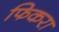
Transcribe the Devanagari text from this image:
फिकरा